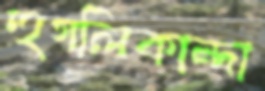
হুগলিকান্দা